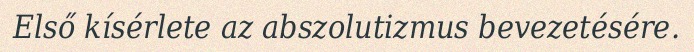
Első kísérlete az abszolutizmus bevezetésére.